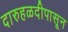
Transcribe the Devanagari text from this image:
दारुहळदीपासून